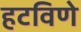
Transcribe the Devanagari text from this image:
हटविणे